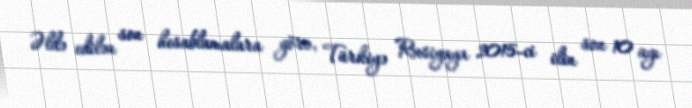
Əldə edilən son hesablamalara görə, Türkiyə Rusiyaya 2015-ci ilin son 10 ayı